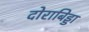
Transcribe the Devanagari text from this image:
दोराबिड्डा